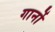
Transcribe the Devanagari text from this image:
गार्नो